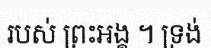
របស់ ព្រះអង្គ ។ ទ្រង់